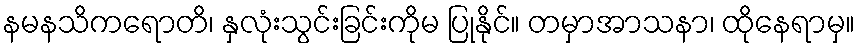
နမနသိကရောတိ၊ နှလုံးသွင်းခြင်းကိုမ ပြုနိုင်။ တမှာအာသနာ၊ ထိုနေရာမှ။